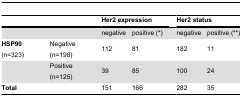
<table><thead><tr><td colspan="2"></td><td colspan="2"><b>Her2 expression</b></td><td></td><td colspan="2"><b>Her2 status</b></td></tr></thead><tbody><tr><td colspan="2"></td><td>negative</td><td>positive (*)</td><td></td><td>negative</td><td>positive (**)</td></tr><tr><td><b>HSP90</b> (n=323)</td><td>Negative (n=198)</td><td>112</td><td>81</td><td></td><td>182</td><td>11</td></tr><tr><td></td><td>Positive (n=125)</td><td>39</td><td>85</td><td></td><td>100</td><td>24</td></tr><tr><td><b>Total</b></td><td></td><td>151</td><td>166</td><td></td><td>282</td><td>35</td></tr></tbody></table>